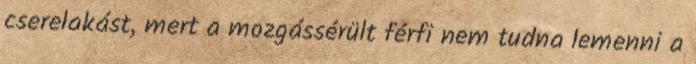
cserelakást, mert a mozgássérült férfi nem tudna lemenni a